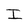
Character: I